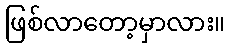
ဖြစ်လာတော့မှာလား။